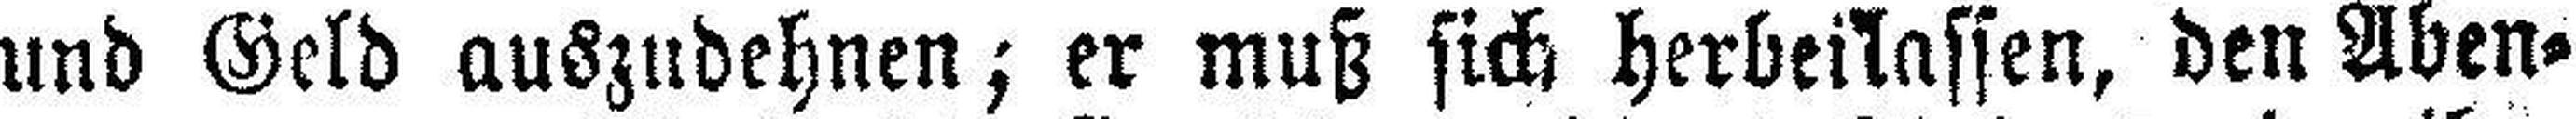
und Geld auszudehnen; er muß sich herbeilassen, den Aben¬